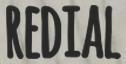
REDIAL